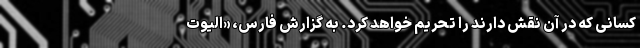
کسانی که در آن نقش دارند را تحریم خواهد کرد. به گزارش فارس، «الیوت